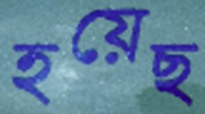
হয়েছ